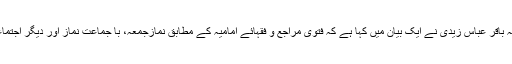
رہنما ایم ڈبلیو ایم علامہ باقر عباس زیدی نے ایک بیان میں کہا ہے کہ فتویٰ مراجع و فقہائے امامیہ کے مطابق نمازجمعہ، با جماعت نماز اور دیگر اجتماعات روک دیے جائیں۔